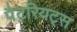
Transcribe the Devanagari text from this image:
पैटरियट्स